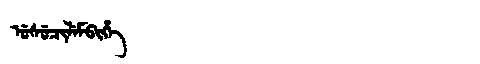
Manchu: ᡠᠰᡠᠴᡳᠯᡝᠮᠪᡳᡥᡝ
Romanization: USUCILEMBIHE